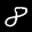
Label: 8